Lunatic asylums Punjab 1881-1894 - 1881-1894
Year: 1881
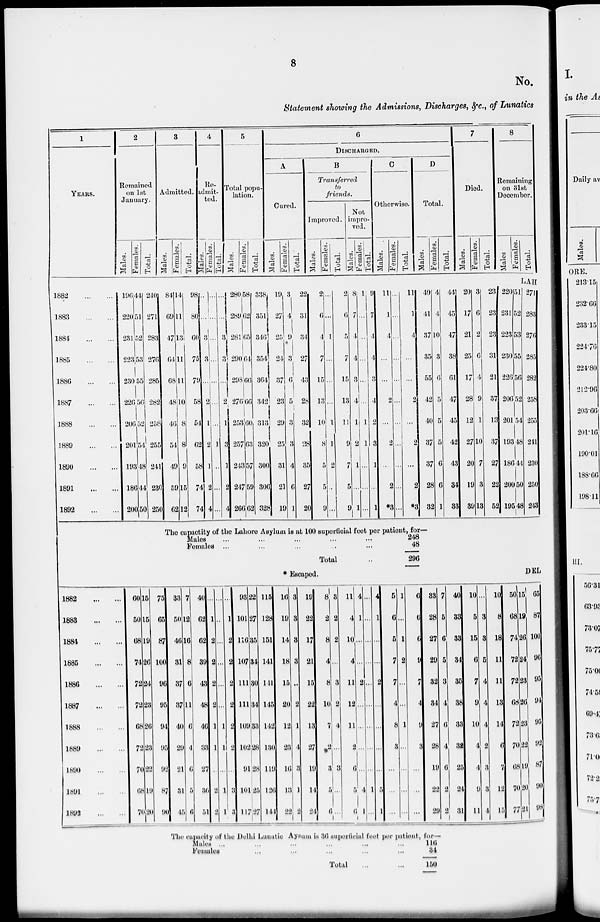
8
No.
Statement showing the Admissions, Discharges, &c., of Lunatics
1
YEARS.
2
Remained
on 1st
January.
Males.
Females.
Total.
3
Admitted.
Males.
Females.
Total.
4
Re-
admit-
ted.
Males.
Females.
Total.
5
Total popu-
lation.
Males.
Females.
Total.
6
DISCHARGED.
A
Cured.
Males.
Females.
Total.
B
Transferred
to
friends.
Improved.
Males.
Females.
Total.
Not
impro-
ved.
Males.
Females.
Total.
C
Otherwise.
Males.
Females.
Total.
D
Total.
Males.
Females.
Total.
7
Died.
Males.
Females.
Total.
8
Remaining
on 31st
December.
Males
Females.
Total.
LAH
1882
...
...
1883
...
...
1884
...
...
1885
...
...
1886
...
...
1887
...
...
1888
...
...
1889
...
...
1890
...
...
1891
...
...
1892
...
...
196
220
231
223
230
226
206
201
193
186
200
44
51
52
53
55
56
52
54
48
44
50
240
271
283
276
285
282
258
255
241
230
250
84
69
47
64
68
48
46
54
49
59
62
14
11
13
11
11
10
8
8
9
15
12
98
80
60
75
79
58
54
62
58
74
74
...
...
3
3
...
2
1
2
1
2
4
...
...
...
...
...
...
...
1
...
...
...
...
...
3
3
...
2
1
3
1
2
4
280
289
281
290
298
276
253
257
243
247
266
58
62
65
64
66
66
60
63
57
59
62
338
351
346
354
364
342
313
320
300
306
328
19
27
25
24
37
23
29
25
31
21
19
3
4
9
3
6
5
3
3
4
6
1
22
31
34
27
43
28
32
28
35
27
20
2
6
4
7
15
13
10
8
5
5
9
...
...
1
...
...
...
1
1
2
...
...
2
6
5
7
15
13
11
9
7
5
9
8
7
4
4
3
4
1
2
1
...
1
1
...
...
...
...
...
1
1
...
...
...
9
7
4
4
3
4
2
3
1
...
1
11
1
4
...
...
2
...
2
...
2
*3
...
...
...
...
...
...
...
...
...
...
...
11
1
4
...
...
2
...
2
...
2
*3
40
41
37
35
55
42
40
37
37
28
32
4
4
10
3
6
5
5
5
6
6
1
44
45
47
38
6l
47
45
42
43
34
33
20
17
21
25
17
28
12
27
20
19
39
3
6
2
6
4
9
1
10
7
3
13
23
23
23
31
21
37
13
37
27
22
52
220
231
223
230
226
206
201
193
186
200
195
51
52
53
55
56
52
54
48
44
50
48
271
283
276
285
282
258
255
241
230
250
243
The capacity of the Lahore Asylum is at 100 superficial feet per patient, for—
Males ... ... ... ... ...
Females ... ... ... ... ...
Total ...
248
48
296
* Escaped.
DEL
1882
...
...
1883
...
...
1884
...
...
1885
...
...
1886
...
...
1887
...
...
1888
...
...
1889
...
...
1890
...
...
1891
...
...
1892
...
...
60
50
68
74
72
72
68
72
70
68
70
15
15
19
26
24
23
26
23
22
19
20
75
65
87
100
96
95
94
95
92
87
90
33
50
46
31
37
37
40
29
21
31
45
7
12
16
8
6
11
6
4
6
5
6
40
62
62
39
43
48
46
33
27
36
51
...
1
2
2
2
2
1
1
...
2
2
...
...
...
...
...
...
1
1
...
1
1
...
1
2
2
2
2
2
2
...
3
3
93
101
116
107
111
111
109
102
91
101
117
22
27
35
34
30
34
33
28
28
25
27
115
128
151
141
141
145
142
130
119
126
144
16
19
14
18
15
20
12
23
16
13
22
3
3
3
3
..
2
1
4
3
1
2
19
22
17
21
15
22
13
27
19
14
24
8
2
8
4
8
10
7
2
3
5
6
3
2
2
...
3
2
4
...
3
...
...
11
4
10
4
11
12
11
2
6
5
6
4
1
...
...
2
...
...
...
...
4
1
...
...
...
...
...
...
...
...
...
1
...
4
1
...
...
2
...
...
...
...
5
1
5
6
5
7
7
4
8
3
...
...
...
1
...
1
2
...
...
1
...
...
...
...
6
6
6
9
7
4
9
3
...
...
...
33
28
27
29
32
34
27
28
19
22
29
7
5
6
5
3
4
6
4
6
2
2
40
33
33
34
35
38
33
32
25
24
31
10
5
15
6
7
9
10
4
4
9
11
...
3
3
5
4
4
4
2
3
3
4
10
8
18
11
11
13
14
6
7
12
15
50
68
74
72
72
68
72
70
68
70
77
15
19
26
24
23
26
23
22
19
20
21
65
87
100
96
95
94
95
92
87
90
98
The capacity of the Delhi Lunatic Asylum is 36 superficial feet per patient, for—
Males ... ... ... ... ...
Females ... ... ... ... ...
Total ... ...
116
34
150